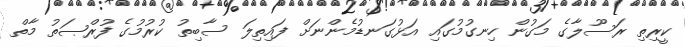
ކީރިތި ރަސޫލާގެ މަގުން ހިނގުމުގައި އަޅުގަނޑުމެންނަށް ފައިތިލަ ސާބިތު ކުރުމުގެ ފުރްޞަތު މާތް